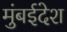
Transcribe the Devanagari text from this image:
मुंबईदेश